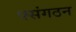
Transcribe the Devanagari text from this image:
फ्संगठन